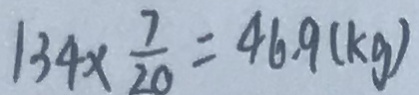
1 3 4 \times \frac { 7 } { 2 0 } = 4 6 . 9 ( k g )